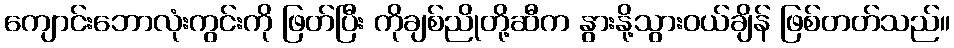
ကျောင်းဘောလုံးကွင်းကို ဖြတ်ပြီး ကိုချစ်ညိုတို့ဆီက နွားနို့သွားဝယ်ချိန် ဖြစ်တတ်သည်။